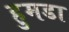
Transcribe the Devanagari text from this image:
हुमडा